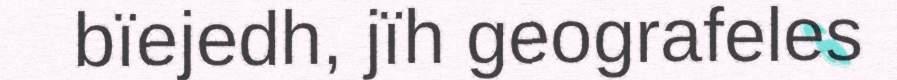
bïejedh, jïh geografeles